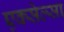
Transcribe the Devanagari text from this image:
एक्सेल्सा